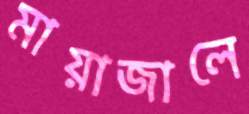
মায়াজালে